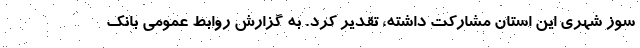
سوز شهری این استان مشارکت داشته، تقدیر کرد. به گزارش روابط عمومی بانک